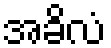
အခိလံ